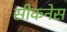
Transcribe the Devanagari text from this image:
सीकनेस